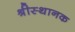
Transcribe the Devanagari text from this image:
श्रीस्थानक